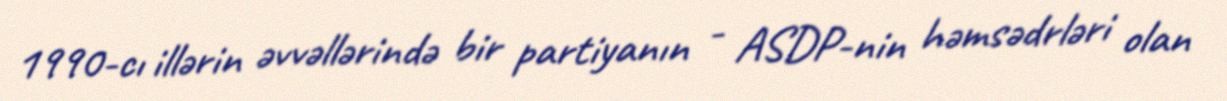
1990-cı illərin əvvəllərində bir partiyanın - ASDP-nin həmsədrləri olan